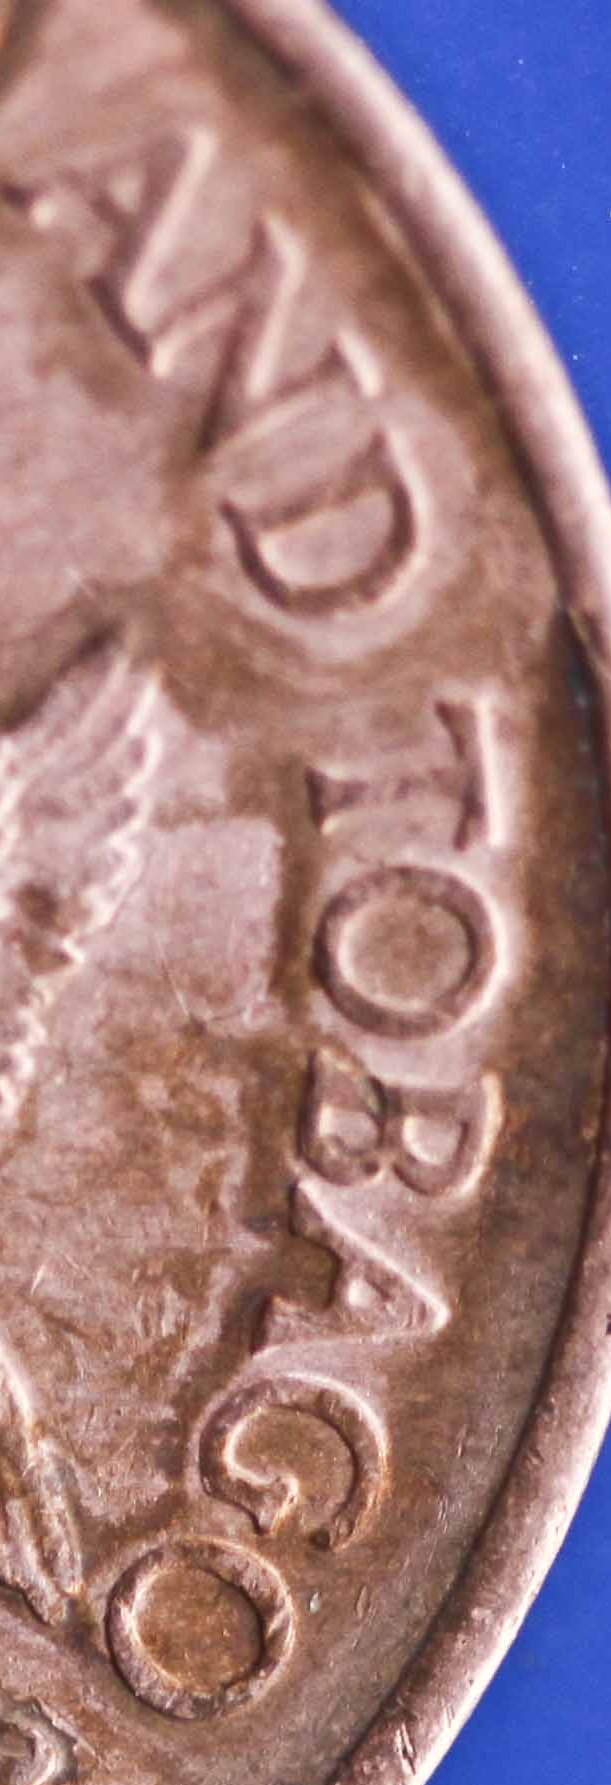
AND TOBAGO